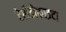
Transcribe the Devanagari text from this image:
टेरीडोफाइटा